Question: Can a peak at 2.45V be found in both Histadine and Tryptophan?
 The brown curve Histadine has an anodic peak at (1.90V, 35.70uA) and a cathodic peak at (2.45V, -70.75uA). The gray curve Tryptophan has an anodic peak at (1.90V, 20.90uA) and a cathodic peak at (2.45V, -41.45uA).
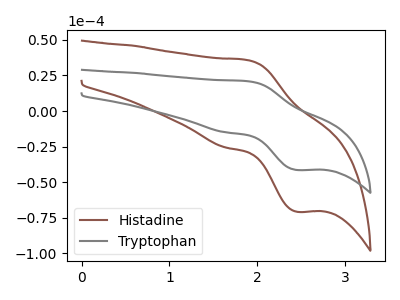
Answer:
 <answer>Yes, "Histadine" and "Tryptophan" share a peak at 2.45V.</answer>
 <eval>match</eval>